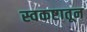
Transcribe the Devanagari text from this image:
स्वकष्टातून